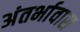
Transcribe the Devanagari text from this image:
अंतर्भावास